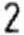
2